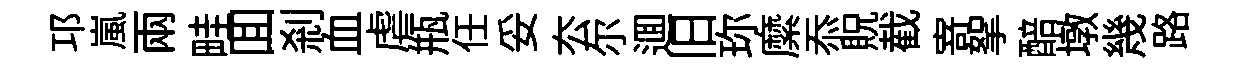
邛嵐兩畦囬刹血虐瓶任妥厺尓逥旧珎縻忝貺截𭔃挐醅墩幾路